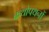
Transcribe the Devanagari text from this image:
कथोपथनों